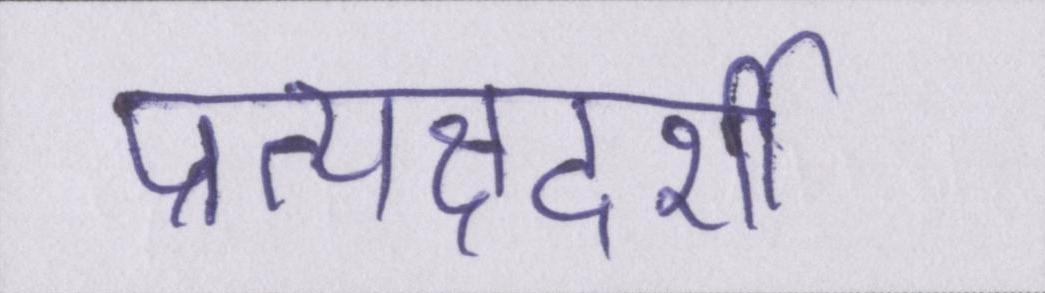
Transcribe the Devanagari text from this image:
प्रत्यक्षदर्शी